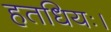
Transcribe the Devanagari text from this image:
हतधियः।